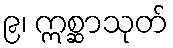
၉၊ ဣစ္ဆာသုတ်